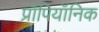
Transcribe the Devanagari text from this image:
प्रॉपियॉनिक